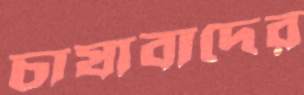
চাষাবাদের